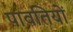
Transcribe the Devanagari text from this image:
पावतियों